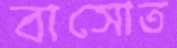
বাসোত